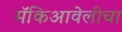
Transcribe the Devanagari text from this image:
मॅकिआवेलीचा